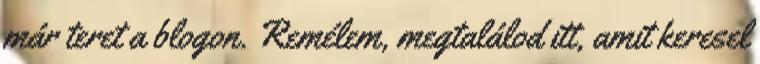
már teret a blogon. Remélem, megtalálod itt, amit keresel